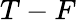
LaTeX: T-F